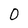
Character: 0